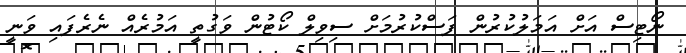
ނޯޓިސް އަށް އަމަލުކުރުން ފަސްކުރުމަށް ސިވިލް ކޯޓުން ވަގުތީ އަމުރެއް ނެރެފައި ވަނީ